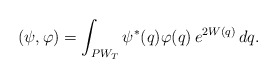
\begin{align*}(\psi,\varphi)=\int_{PW_T}\psi^*(q)\varphi(q)\,e^{2W(q)}\,dq.\end{align*}